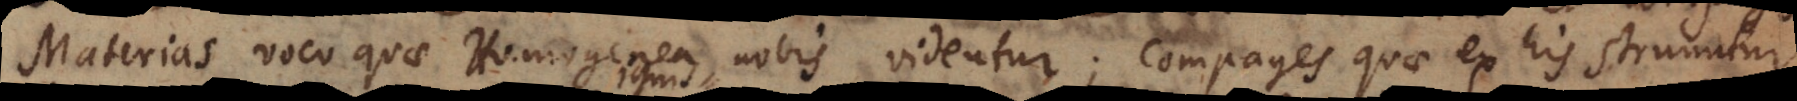
Materias voco quae Homogenea nobis videntur; compages quae ex his struuntur.